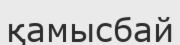
қамысбай